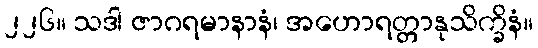
၂၂၆။ သဒါ ဇာဂရမာနာနံ၊ အဟောရတ္တာနုသိက္ခိနံ။